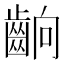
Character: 𮯄